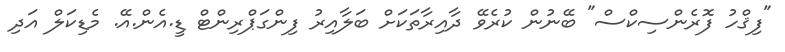
"ފިޤްހު ފޮރެންސިކްސް" ބޭނުން ކުރެވޭ ދާއިރާތަކަށް ބަލާއިރު ފިންގަޕްރިންޓް ޑީ.އެން.އޭ. މެޑިކަލް އަދި